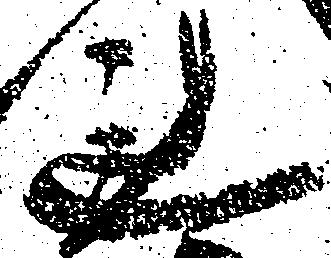
れ